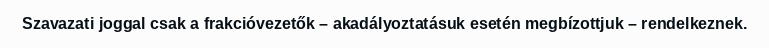
Szavazati joggal csak a frakcióvezetők – akadályoztatásuk esetén megbízottjuk – rendelkeznek.